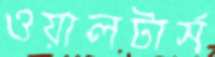
ওয়ালটার্স